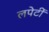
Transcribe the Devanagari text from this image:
लपेटीं